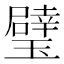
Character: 𱯻